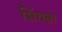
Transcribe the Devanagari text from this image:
सिंचता